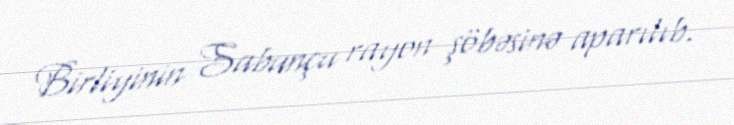
Birliyinin Sabunçu rayon şöbəsinə aparılıb.